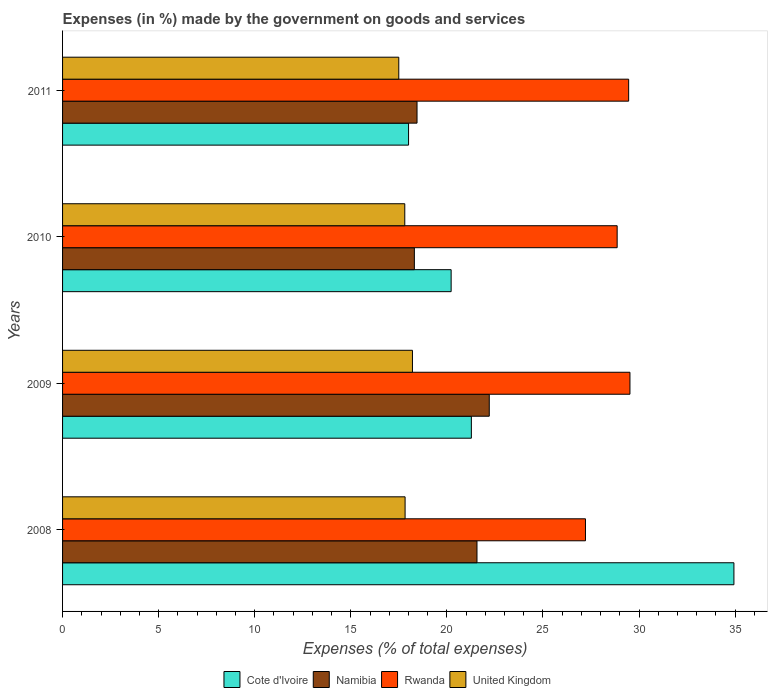
| Years | Cote d'Ivoire | Namibia | Rwanda | United Kingdom |
 | --- | --- | --- | --- | --- |
 | 2008 | 34.9 | 21.6 | 27.2 | 17.8 |
 | 2009 | 21.3 | 22.2 | 29.5 | 18.2 |
 | 2010 | 20.2 | 18.3 | 28.9 | 17.8 |
 | 2011 | 18 | 18.4 | 29.5 | 17.5 |